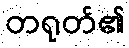
တရုတ်၏